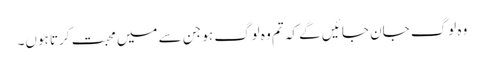
وہ لوگ جان جا ئیں گے کہ تم وہ لوگ ہو جن سے میں محبت کرتا ہوں۔